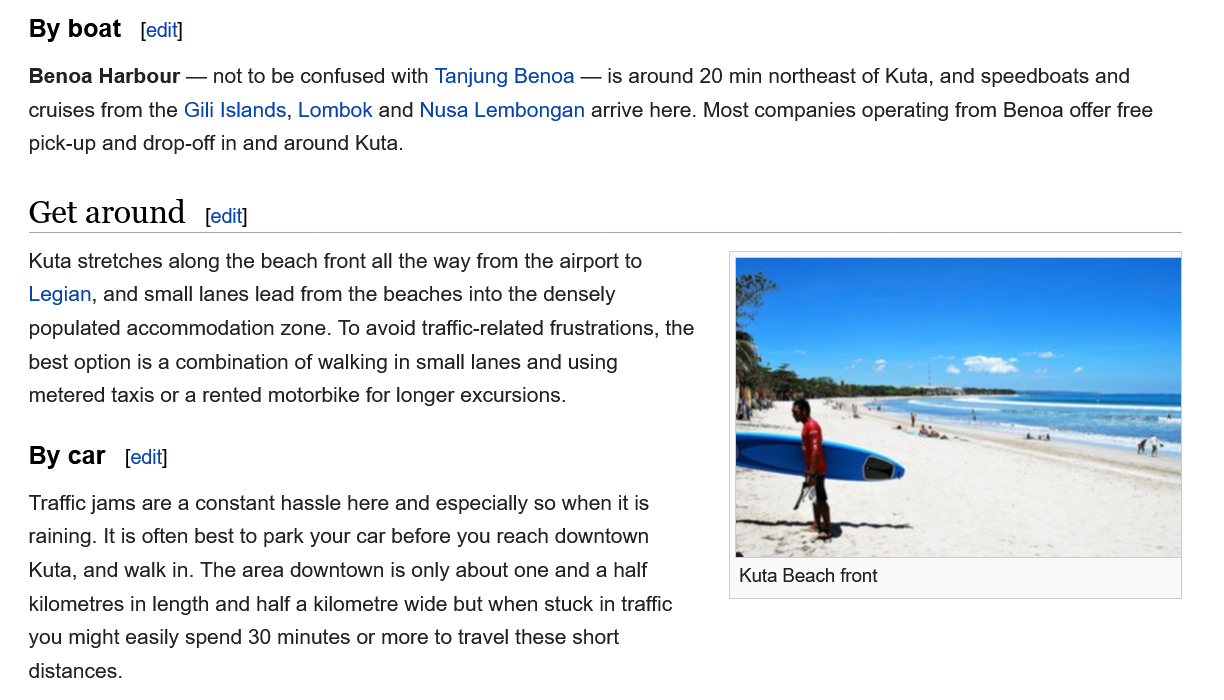
Benoa Harbour
     — not to be confused with Tanjung Benoa
     —
     is around 20 min northeast of Kuta, and speedboats and
   cruises from the Gili Islands, Lombok and Nusa Lembongan arrive here. Most companies operating from Benoa offer free
   pick-up and drop-off in and around Kuta.
   Kuta stretches along the beach front all the way from the airport to
   Legian, and small lanes lead from the beaches into the densely
   populated accommodation zone. To avoid traffic-related frustrations, the
   best option is a combination of walking in small lanes and using
   metered taxis or a rented motorbike for longer excursions.
   Traffic jams are a constant hassle here and especially so when it is
   raining. It is often best to park your car before you reach downtown
   Kuta, and walk in. The area downtown is only about one and
  a
     half
   kilometres in length and half a kilometre wide but when stuck in traffic
   you might easily spend 30 minutes or more to travel these short
   distances.
   By  car
   Get  around
   By  boat  [edit]
     [edit]
     [edit]
     Kuta Beach front